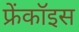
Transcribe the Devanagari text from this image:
फ्रेंकॉइस